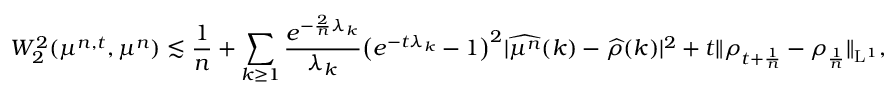
W _ { 2 } ^ { 2 } ( \mu ^ { n , t } , \mu ^ { n } ) \lesssim \frac { 1 } { n } + \sum _ { k \geq 1 } \frac { e ^ { - \frac { 2 } { n } \lambda _ { k } } } { \lambda _ { k } } \big ( e ^ { - t \lambda _ { k } } - 1 \big ) ^ { 2 } \vert \widehat { \mu ^ { n } } ( k ) - \widehat { \rho } ( k ) \vert ^ { 2 } + t \| \rho _ { t + \frac { 1 } { n } } - \rho _ { \frac { 1 } { n } } \| _ { \mathrm { L } ^ { 1 } } ,